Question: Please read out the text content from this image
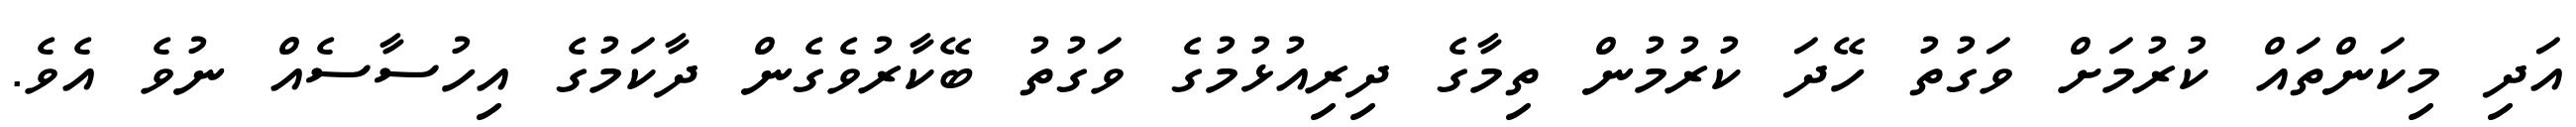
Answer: އަދި މިކަންތައް ކުރުމަށް ވަގުތު ހޭދަ ކުރުމުން ތިމާގެ ދިރިއުޅުމުގެ ވަގުތު ބޭކާރުވެގެން ދާކަމުގެ އިހުސާސެއް ނުވެ އެވެ.